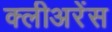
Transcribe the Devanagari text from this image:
क्लीअरेंस